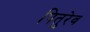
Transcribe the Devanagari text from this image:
पितुरेव